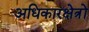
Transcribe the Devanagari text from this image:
अधिकारक्षेत्रों